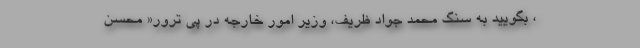
، بگویید به سنگ محمد جواد ظریف، وزیر امور خارجه در پی ترور« محسن